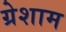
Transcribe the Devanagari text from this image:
ग्रेशाम